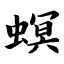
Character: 螟